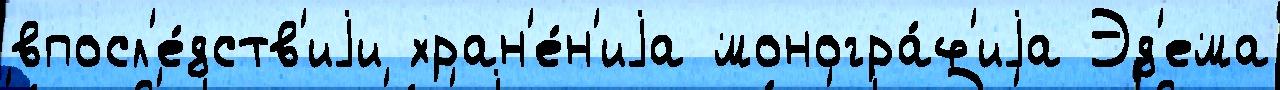
впосл'е́дств'иjи хран'е́н'иjа моногра́ф'иjа Эд'ема